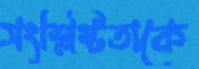
সংশ্লিষ্টতাকে